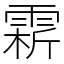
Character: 䨛